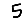
Digit: 5